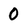
Character: O